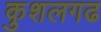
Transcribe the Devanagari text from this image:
कुशलगढ